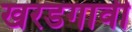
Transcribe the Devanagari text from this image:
खरडगावी